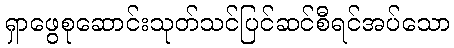
ရှာဖွေစုဆောင်းသုတ်သင်ပြင်ဆင်စီရင်အပ်သော